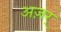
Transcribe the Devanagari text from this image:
अज़र्